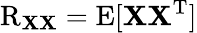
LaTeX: \operatorname{R}_{\mathbf{X}\mathbf{X}}=\operatorname{E}[\mathbf{X}\mathbf{X}^{\mathrm{{T}}}]